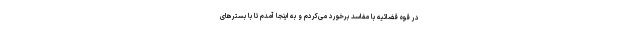
در قوه قضائیه با مفاسد برخورد می‌کردم و به اینجا آمدم تا با بسترهای